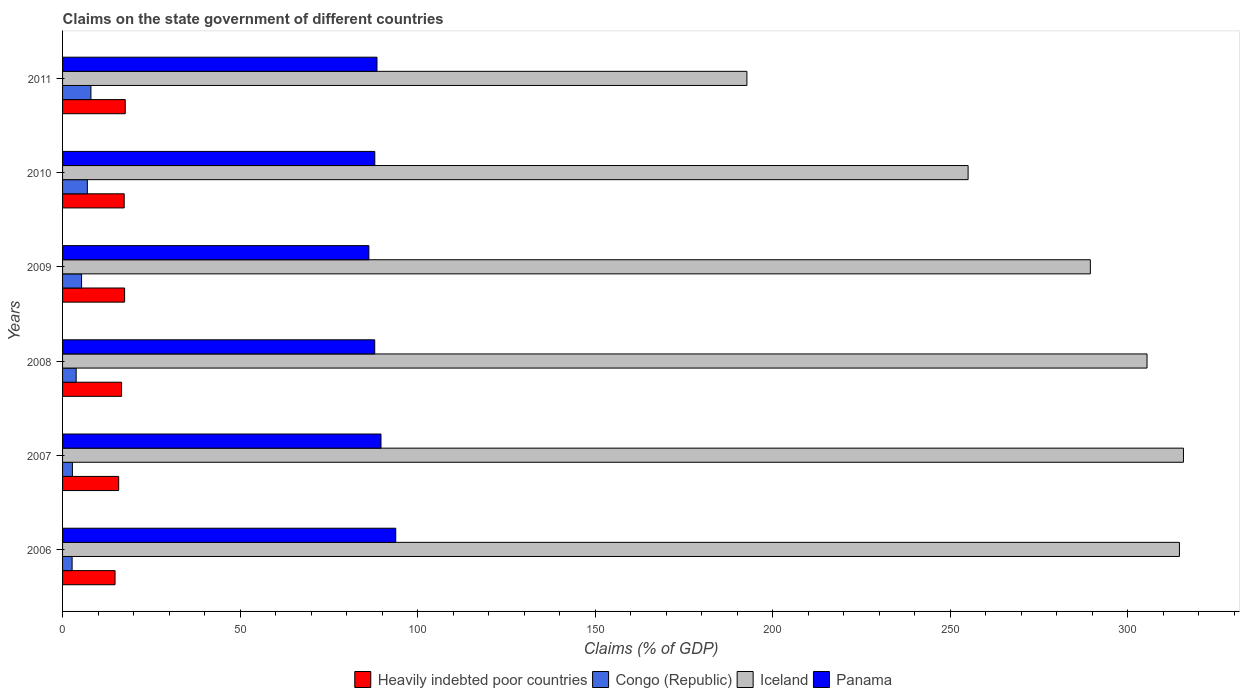
| Years | Heavily indebted poor countries | Congo (Republic) | Iceland | Panama |
 | --- | --- | --- | --- | --- |
 | 2006 | 14.8 | 2.69 | 315 | 93.8 |
 | 2007 | 15.8 | 2.77 | 316 | 89.7 |
 | 2008 | 16.6 | 3.83 | 305 | 87.9 |
 | 2009 | 17.5 | 5.35 | 289 | 86.3 |
 | 2010 | 17.4 | 6.98 | 255 | 87.9 |
 | 2011 | 17.7 | 7.99 | 193 | 88.5 |